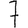
Digit: 7